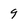
Character: 9